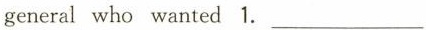
general who wanted 1.___